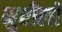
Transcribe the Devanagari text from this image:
मुरीलो